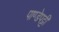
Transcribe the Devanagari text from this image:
पाण्डेपट्टी